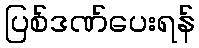
ပြစ်ဒဏ်ပေးရန်